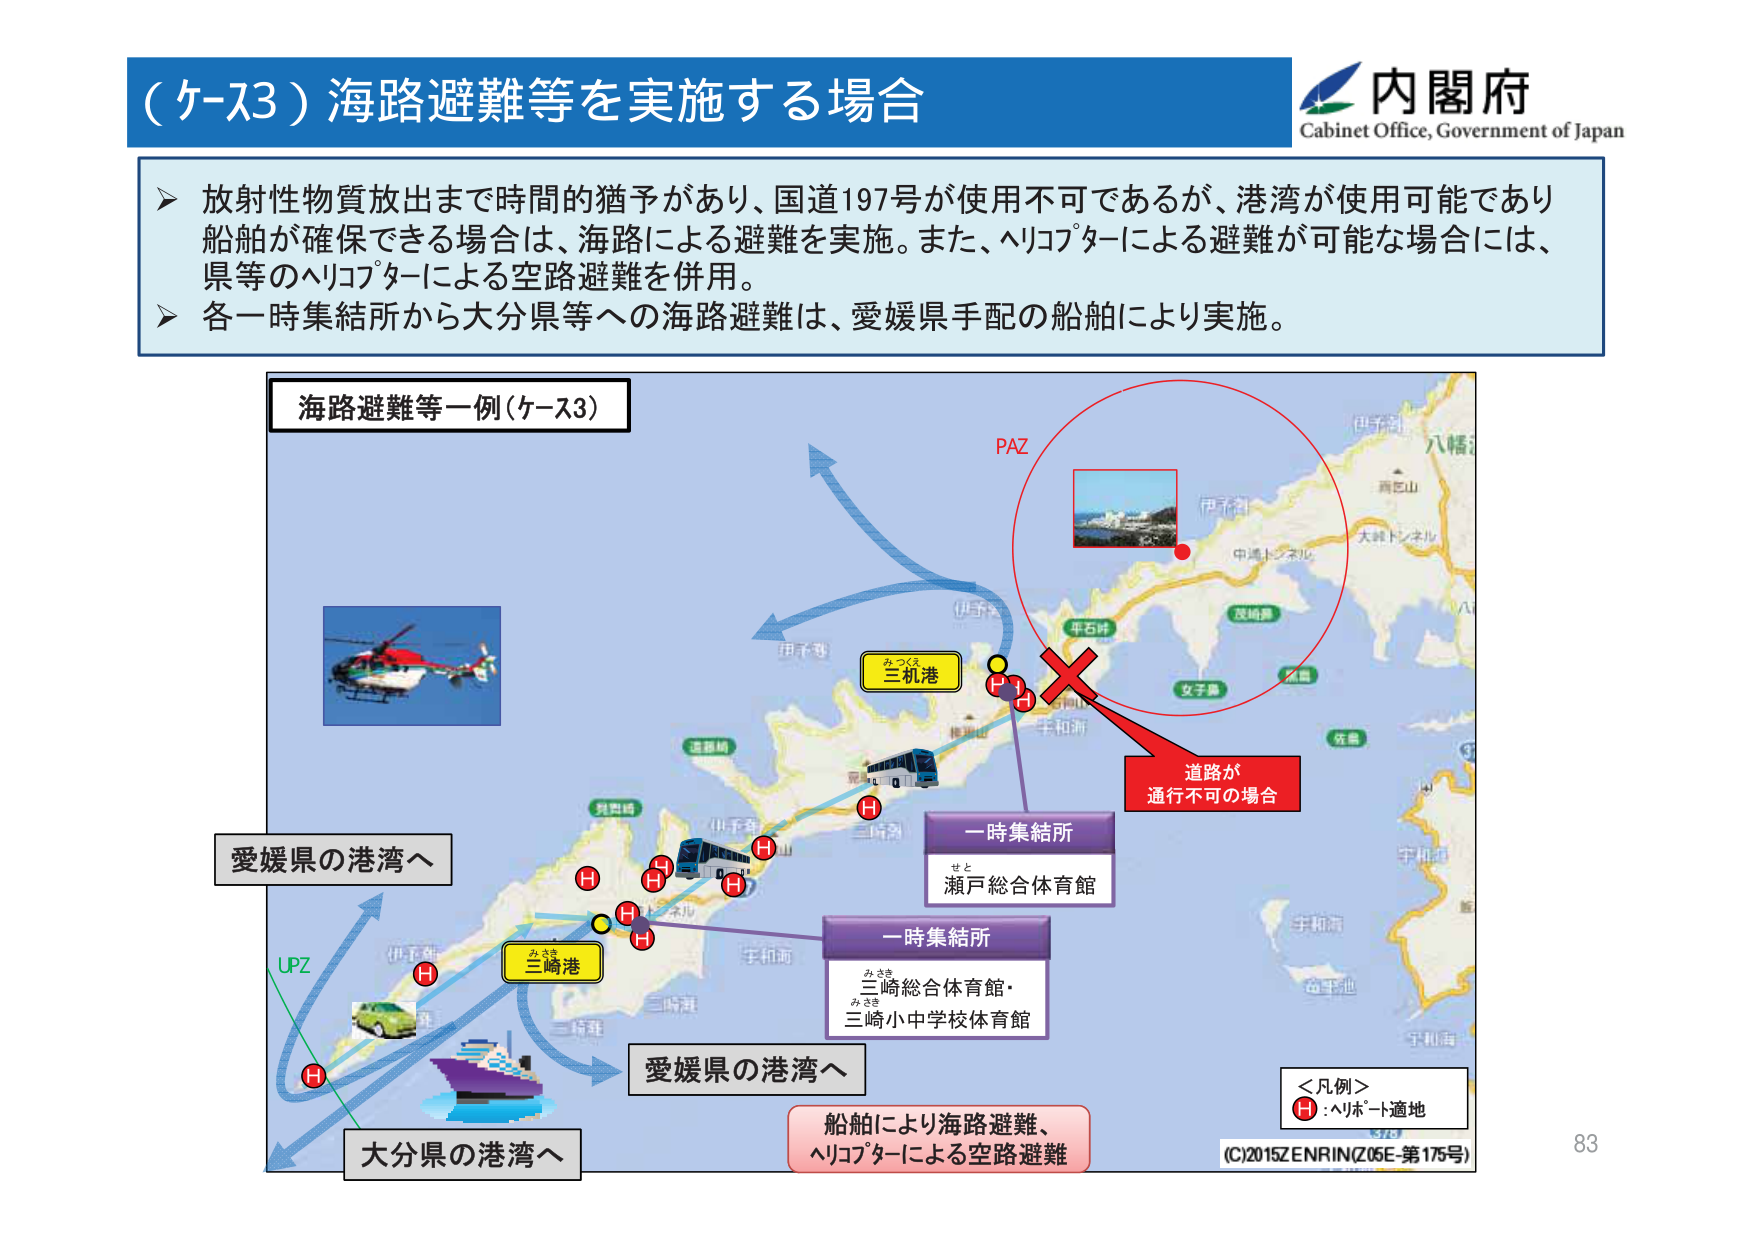
（ケース3）海路避難等を実施する場合
内閣府
Cabinet Office, Government of Japan

▶ 放射性物質放出まで時間的猶予があり、国道197号が使用不可であるが、港湾が使用可能であり船舶が確保できる場合は、海路による避難を実施。また、ヘリコプターによる避難が可能な場合には、県等のヘリコプターによる空路避難を併用。
▶ 各一時集結所から大分県等への海路避難は、愛媛県手配の船舶により実施。

海路避難等一例（ケース3）
PAZ
伊予灘
伊予灘
中浦トンネル
大峰トンネル
八幡浜
西杉山
平石峠
茂崎鼻
女子島
佐島
宇和海
宇和海
宇和海
手和海
手和海
三崎港
みつぐえ
三機港
瀬戸総合体育館
せと
一時集結所
三崎総合体育館・
三崎小中学校体育館
みさき
みさき
一時集結所
道路が
通行不可の場合
愛媛県の港湾へ
UPZ
三崎港
みさき
愛媛県の港湾へ
大分県の港湾へ
船舶により海路避難、
ヘリコプターによる空路避難
＜凡例＞
H：ヘリポート適地
(C)2015 ZENRIN (Z05E-第175号)
83